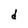
Character: d